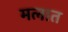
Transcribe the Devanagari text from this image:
मलात